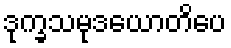
ဒုက္ခသမုဒယောတိပေ